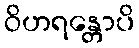
ဝိဟရန္တောပိ